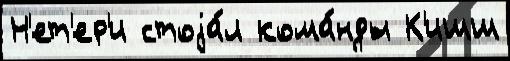
Н'ет'ер'и стоjа́л кома́нды К'ишш